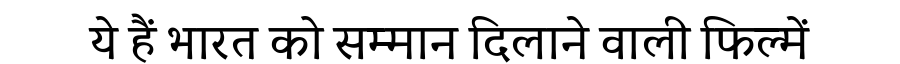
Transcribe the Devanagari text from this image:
ये हैं भारत को सम्मान दिलाने वाली फिल्में